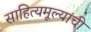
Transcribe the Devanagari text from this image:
साहित्यमूल्यांची